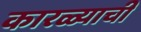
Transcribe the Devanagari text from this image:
कारळ्याची